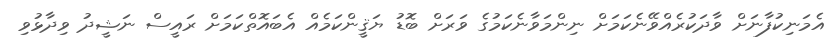
އެމަނިކުފާނަށް ވާދަކުރެއްވޭނެކަމަށް ނިންމަވާނެކަމުގެ ވަރަށް ބޮޑު ޔަޤީންކަމެއް އެބައޮތްކަމަށް ރައީސް ނަޝީދު ވިދާޅުވި